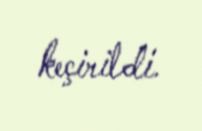
keçirildi.